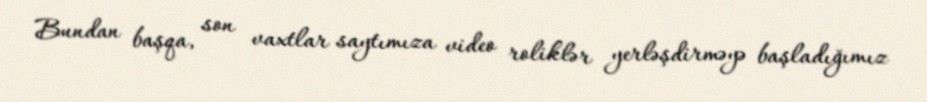
Bundan başqa, son vaxtlar saytımıza video roliklər yerləşdirməyə başladığımız